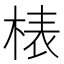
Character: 𣓻